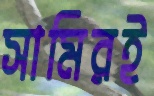
সামিরই